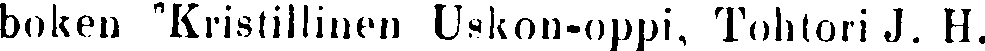
boken "Kristillinen Uskon-oppi, Tohtori J. H.